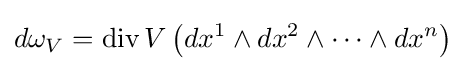
d\omega _{V}=\operatorname {div} V\left(dx^{1}\wedge dx^{2}\wedge \cdots \wedge dx^{n}\right)